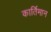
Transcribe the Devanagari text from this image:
कार्तिमान